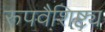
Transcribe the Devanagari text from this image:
रूपवैशिष्ट्य